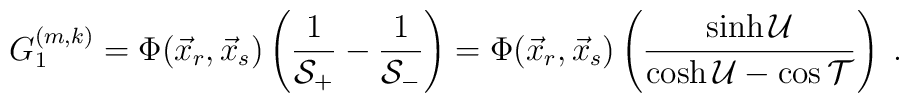
G_1^{(m,k)}=\Phi(\vec{x}_r,\vec{x}_s)\left(\frac{1}{\mathcal{S}_+}-\frac{1}{\mathcal{S}_-}\right)=\Phi(\vec{x}_r,\vec{x}_s)\left(\frac{\sinh \mathcal{U}}{\cosh \mathcal{U}-\cos\mathcal{T}}\right)\;.